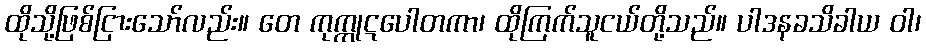
ထိုသို့ဖြစ်ငြားသော်လည်း။ တေ ကုက္ကုဋပေါတကာ၊ ထိုကြက်သူငယ်တို့သည်။ ပါဒနခသိခါယ ဝါ၊